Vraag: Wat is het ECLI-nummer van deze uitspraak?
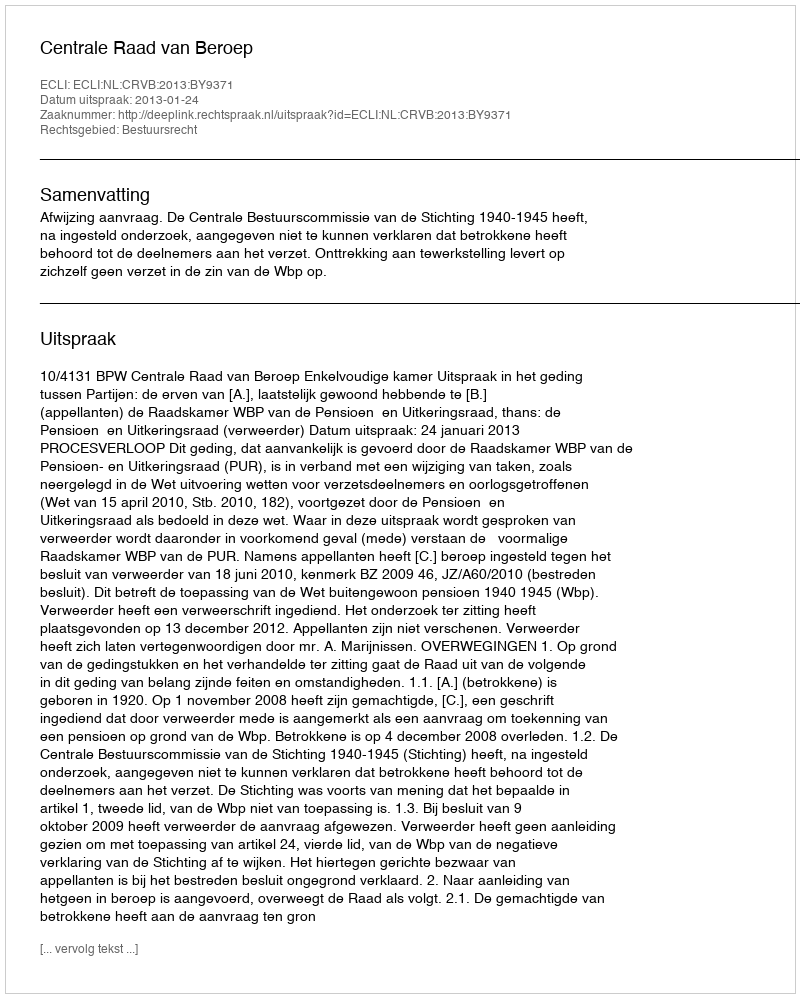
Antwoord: ECLI:NL:CRVB:2013:BY9371